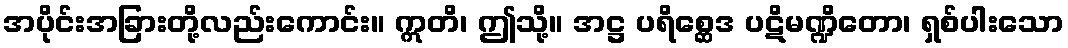
အပိုင်းအခြားတို့လည်းကောင်း။ ဣတိ၊ ဤသို့။ အဋ္ဌ ပရိစ္ဆေဒ ပဋိမဏ္ဍိတော၊ ရှစ်ပါးသော